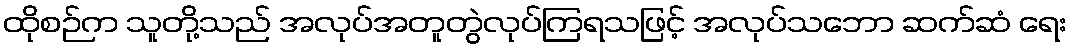
ထိုစဉ်က သူတို့သည် အလုပ်အတူတွဲလုပ်ကြရသဖြင့် အလုပ်သဘော ဆက်ဆံ ရေး